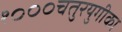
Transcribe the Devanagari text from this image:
१०००चतुरयुगीका